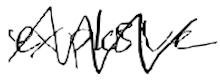
Text: explosive
Cross-out: zig-zag
Writing tool: digital_black